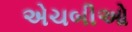
એચબીઓ